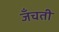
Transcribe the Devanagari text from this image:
जँचती